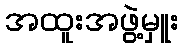
အထူးအဖွဲ့မှူး